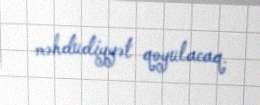
məhdudiyyət qoyulacaq.